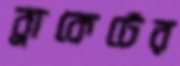
ব্রাকেটের